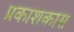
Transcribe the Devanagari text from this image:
प्रकाशकास